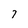
Character: 7